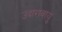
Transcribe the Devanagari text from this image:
उदारावायु